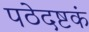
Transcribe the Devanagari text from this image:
पठेदष्टकं